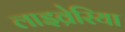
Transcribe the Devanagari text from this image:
लाइव्रेरिया